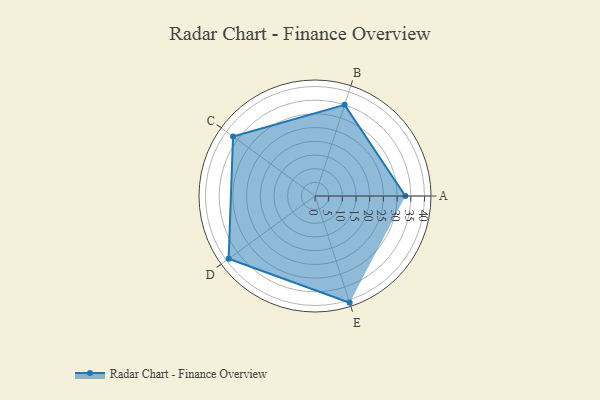
{"axis": {"x": "Skill", "y": "Score"}, "legend": ["Profile"], "data": [{"x": "A", "y": 33.0, "type": "Profile"}, {"x": "B", "y": 35.0, "type": "Profile"}, {"x": "C", "y": 37.0, "type": "Profile"}, {"x": "D", "y": 39.0, "type": "Profile"}, {"x": "E", "y": 41.0, "type": "Profile"}]}